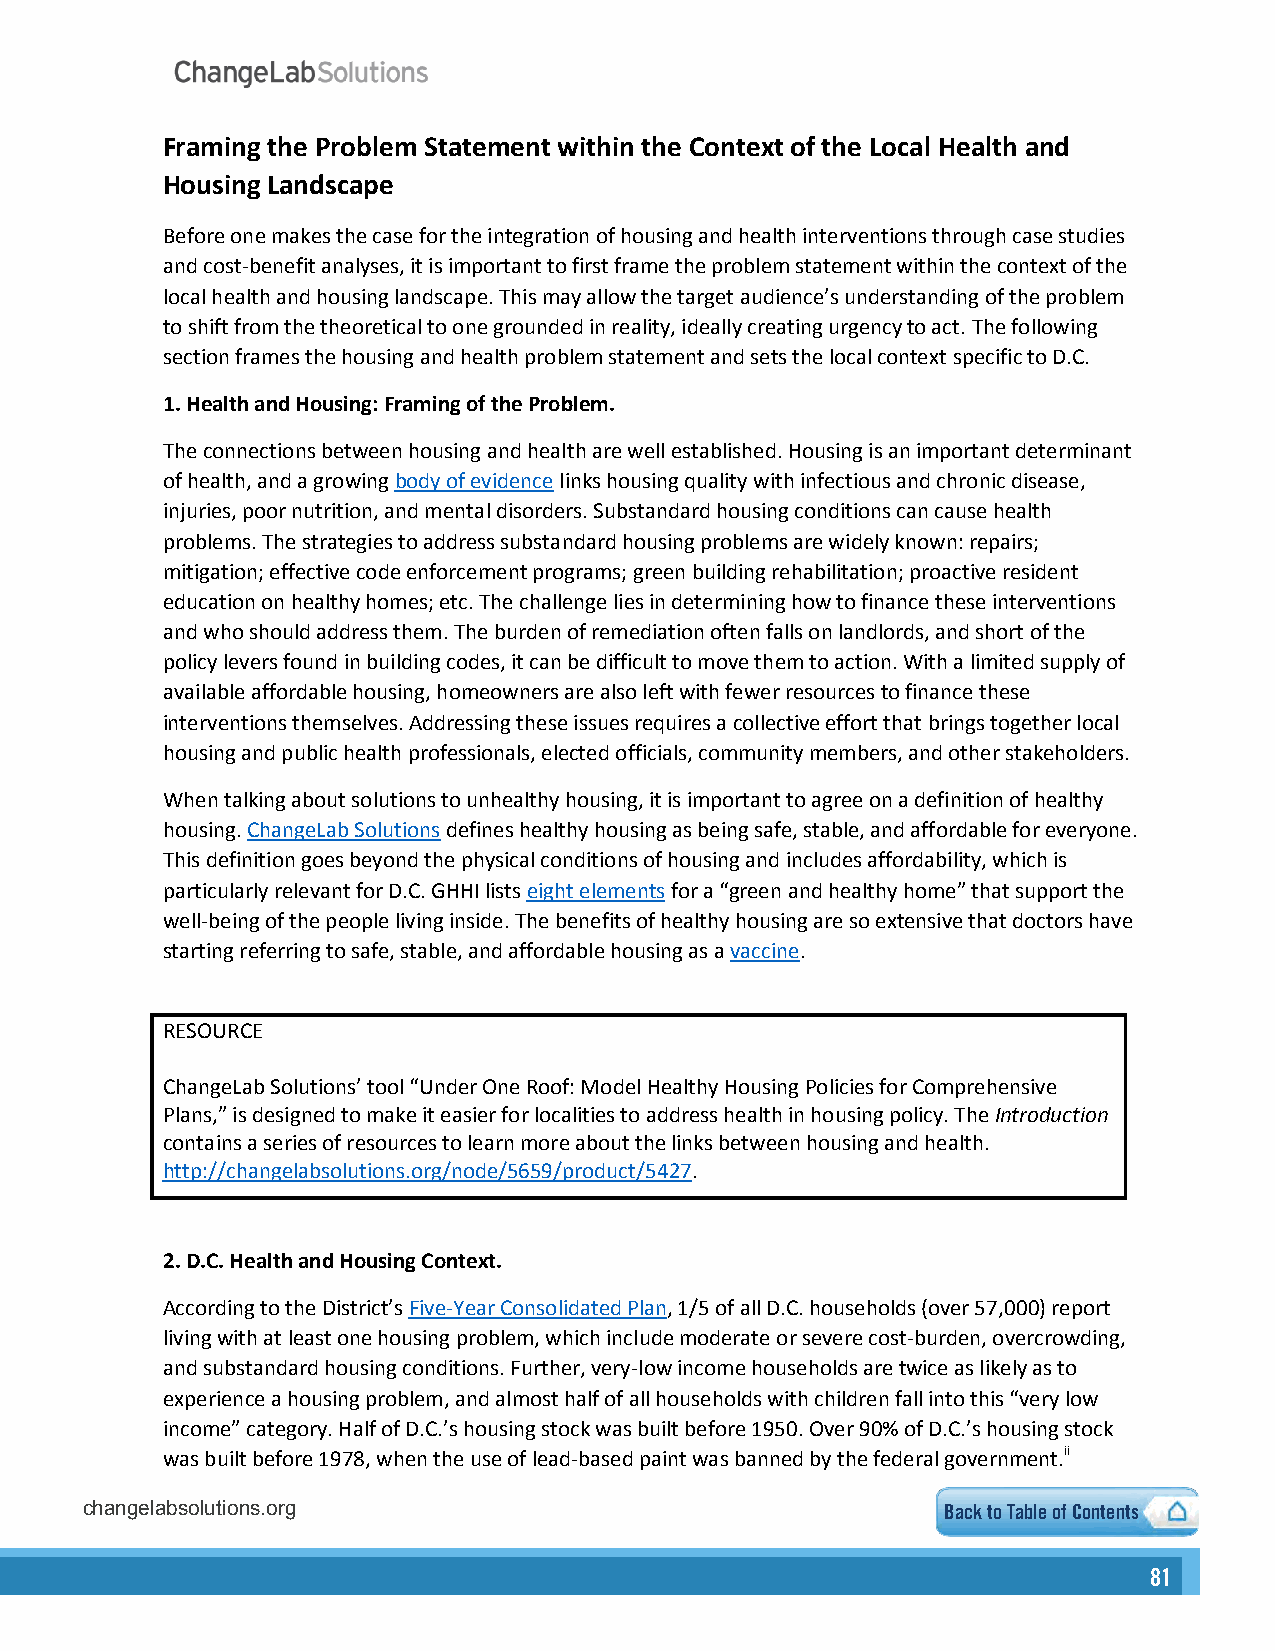
Framing the Problem Statement within the Context of the Local Health and
 Housing Landscape
 Before one makes the case for the integration of housing and health interventions through case studies
 and cost-benefit analyses, it is important to first frame the problem statement within the context of the
 local health and housing landscape. This may allow the target audience’s understanding of the problem
 to shift from the theoretical to one grounded in reality, ideally creating urgency to act. The following
 section frames the housing and health problem statement and sets the local context specific to D.C.
 1.Health and Housing: Framing of the Problem.
 The connections between housing and health are well established. Housing is an important determinant
 of health, and a growing body of evidence links housing quality with infectious and chronic disease,
 injuries, poor nutrition, and mental disorders. Substandard housing conditions can cause health
 problems. The strategies to address substandard housing problems are widely known: repairs;
 mitigation; effective code enforcement programs; green building rehabilitation; proactive resident
 education on healthy homes; etc. The challenge lies in determining how to finance these interventions
 and who should address them. The burden of remediation often falls on landlords, and short of the
 policy levers found in building codes, it can be difficult to move them to action. With a limited supply of
 available affordable housing, homeowners are also left with fewer resources to finance these
 interventions themselves. Addressing these issues requires a collective effort that brings together local
 housing and public health professionals, elected officials, community members, and other stakeholders.
 When talking about solutions to unhealthy housing, it is important to agree on a definition of healthy
 housing. ChangeLab Solutions defines healthy housing as being safe, stable, and affordable for everyone.
 This definition goes beyond the physical conditions of housing and includes affordability, which is
 particularly relevant for D.C. GHHI lists eight elements for a “green and healthy home” that support the
 well-being of the people living inside. The benefits of healthy housing are so extensive that doctors have
 starting referring to safe, stable, and affordable housing as a vaccine.
 RESOURCE
 ChangeLab Solutions’ tool “Under One Roof: Model Healthy Housing Policies for Comprehensive
 Plans,” is designed to make it easier for localities to address health in housing policy. The Introduction
 contains a series of resources to learn more about the links between housing and health.
 http://changelabsolutions.org/node/5659/product/5427.
 2.D.C. Health and Housing Context.
 According to the District’s Five-Year Consolidated Plan, 1/5 of all D.C. households (over 57,000) report
 living with at least one housing problem, which include moderate or severe cost-burden, overcrowding,
 and substandard housing conditions. Further, very-low income households are twice as likely as to
 experience a housing problem, and almost half of all households with children fall into this “very low
 income” category. Half of D.C.’s housing stock was built before 1950. Over 90% of D.C.’s housing stock
 was built before 1978, when the use of lead-based paint was banned by the federal government.ii
 changelabsolutions.org                                    Back to Table of Contents
 81